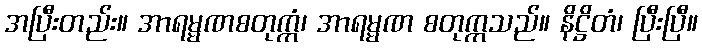
အပြီးတည်း။ အာရမ္မဏစတုက္ကံ၊ အာရမ္မဏ စတုက္ကသည်။ နိဋ္ဌိတံ၊ ပြီးပြီ။